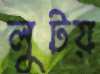
লুটয়